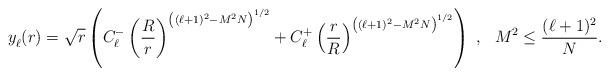
LaTeX: \begin{align*}y_\ell^{\vphantom +} (r) = \sqrt{r}\left(C_\ell^-\left(\frac{R}{r}\right)^{\left((\ell + 1)^2 - M^2 N\right)^{1/2}} +C_\ell^+\left(\frac{r}{R}\right)^{\left((\ell + 1)^2 - M^2 N\right)^{1/2}}\right) \ , \ \ M^2 \leq \frac {(\ell + 1)^2}{N}.\end{align*}